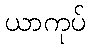
ယာကုပ်